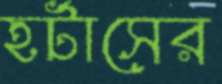
হর্টাসের